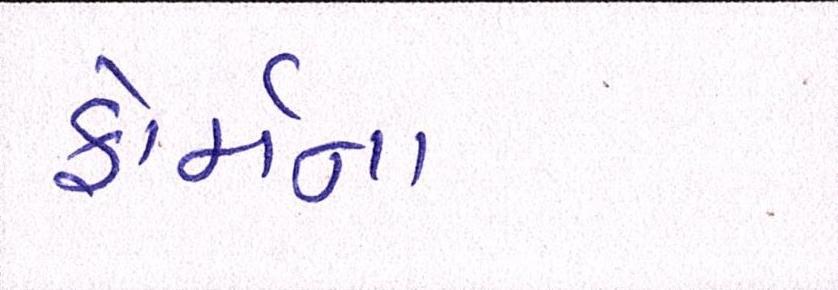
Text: ફોર્મના